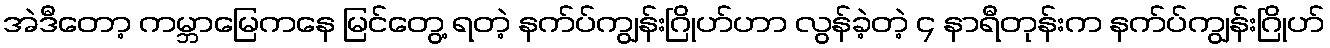
အဲဒီတော့ ကမ္ဘာမြေကနေ မြင်တွေ့ ရတဲ့ နက်ပ်ကျွန်းဂြိုဟ်ဟာ လွန်ခဲ့တဲ့ ၄ နာရီတုန်းက နက်ပ်ကျွန်းဂြိုဟ်